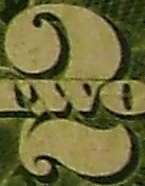
2